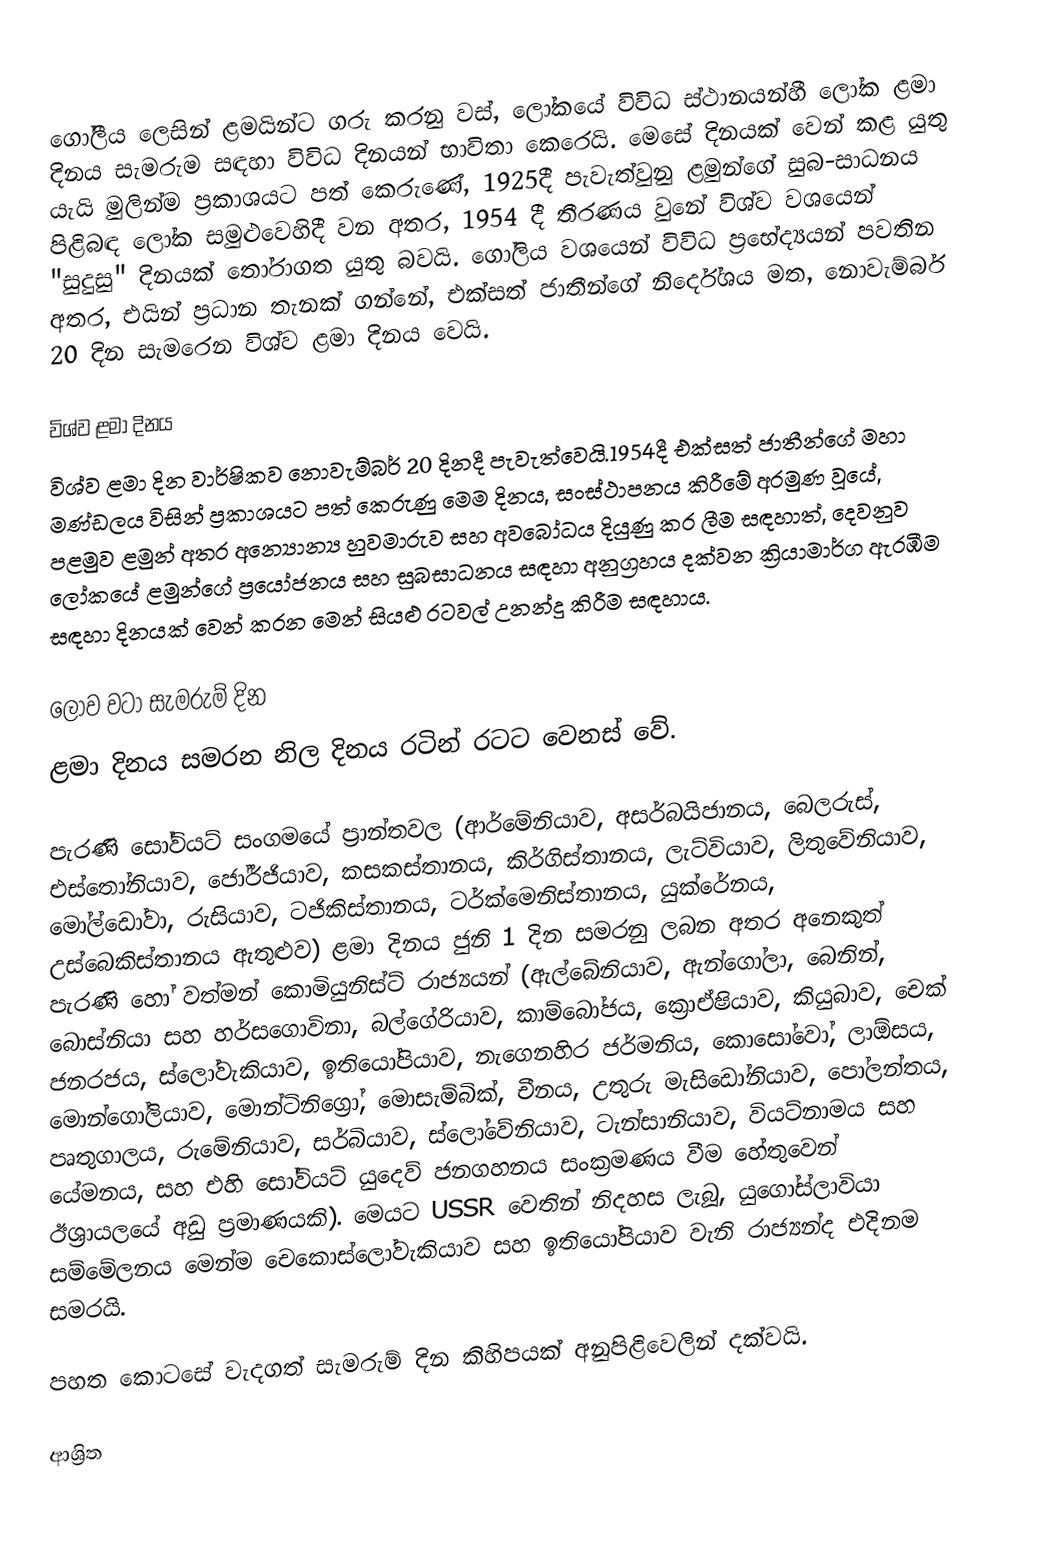

ගෝලීය ලෙසින් ළමයින්ට ගරු කරනු වස්, ලෝකයේ විවිධ ස්ථානයන්හී ලෝක ළමා දිනය සැමරුම සඳහා විවිධ දිනයන් භාවිතා කෙරෙයි. මෙසේ දිනයක් වෙන් කළ යුතු යැයි මුලින්ම ප්‍රකාශයට පත් කෙරුණේ, 1925දී පැවැත්වුනු ළමුන්ගේ සුබ-සාධනය පිළිබඳ ලෝක සමුළුවෙහිදී වන අතර, 1954 දී  තීරණය වුනේ විශ්ව වශයෙන් "සුදුසු" දිනයක් තෝරාගත යුතු බවයි.   ගෝලිය වශයෙන් විවිධ ප්‍රභේද්‍යයන් පවතින අතර, එයින් ප්‍රධාන තැනක් ගන්නේ,  එක්සත් ජාතීන්ගේ නිර්දේශය මත, නොවැම්බර් 20 දින සැමරෙන විශ්ව ළමා දිනය වෙයි.

විශ්ව ළමා දිනය
විශ්ව ළමා දින වාර්ෂිකව නොවැම්බර් 20 දිනදී පැවැත්වෙයි.1954දී එක්සත් ජාතීන්ගේ මහා මණ්ඩලය විසින් ප්‍රකාශයට පත් කෙරුණු මෙම දිනය, සංස්ථාපනය කිරීමේ අරමුණ වූයේ, පළමුව ළමුන් අතර අන්‍යොන්‍ය  හුවමාරුව සහ අවබෝධය දියුණු කර ලීම සඳහාත්, දෙවනුව ලෝකයේ ළමුන්ගේ ප්‍රයෝජනය සහ සුබසාධනය සඳහා අනුග්‍රහය දක්වන ක්‍රියාමාර්ග ඇරඹීම සඳහා දිනයක් වෙන් කරන මෙන් සියළු රටවල් උනන්දු කිරීම සඳහාය.

ලොව වටා සැමරුම් දින
ළමා දිනය සමරන නිල දිනය රටින් රටට වෙනස් වේ.

පැරණි සෝවියට් සංගමයේ ප්‍රාන්තවල (ආර්මේනියාව, අසර්බයිජානය, බෙලරුස්, එස්තෝනියාව, ජෝර්ජියාව, කසකස්තානය, කිර්ගිස්තානය, ලැට්වියාව, ලිතුවේනියාව, මෝල්ඩෝවා, රුසියාව, ටජිකිස්තානය, ටර්ක්මෙනිස්තානය, යුක්රේනය, උස්බෙකිස්තානය ඇතුළුව) ළමා දිනය ජුනි 1 දින සමරනු ලබන අතර අනෙකුත් පැරණි හෝ වත්මන් කොමියුනිස්ට් රාජ්‍යයන් (ඇල්බේනියාව, ඇන්ගෝලා, බෙනින්, බොස්නියා සහ හර්සගොවිනා, බල්ගේරියාව, කාම්බෝජය, ක්‍රොඒෂියාව, කියුබාව, චෙක් ජනරජය, ස්ලෝවැකියාව, ඉතියෝපියාව, නැගෙනහිර ජර්මනිය, කොසෝවෝ, ලාඕසය, මොන්ගෝලියාව, මොන්ටිනිග්‍රෝ, මොසැම්බික්, චීනය, උතුරු මැසිඩෝනියාව, පෝලන්තය, පෘතුගාලය, රුමේනියාව, සර්බියාව, ස්ලෝවේනියාව, ටැන්සානියාව, වියට්නාමය සහ යේමනය, සහ එහි සෝවියට් යුදෙව් ජනගහනය සංක්‍රමණය වීම හේතුවෙන් ඊශ්‍රායලයේ අඩු ප්‍රමාණයකි). මෙයට USSR වෙතින් නිදහස ලැබූ, යුගෝස්ලාවියා සම්මේලනය මෙන්ම චෙකොස්ලෝවැකියාව සහ ඉතියෝපියාව වැනි රාජ්‍යන්ද එදිනම සමරයි.

පහත කොටසේ වැදගත් සැමරුම් දින කිහිපයක් අනුපිළිවෙලින් දක්වයි.

ආශ්‍රිත